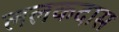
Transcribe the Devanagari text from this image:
ललकदास